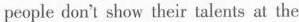
people don't show their talents at the